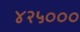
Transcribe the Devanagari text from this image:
४२५०००